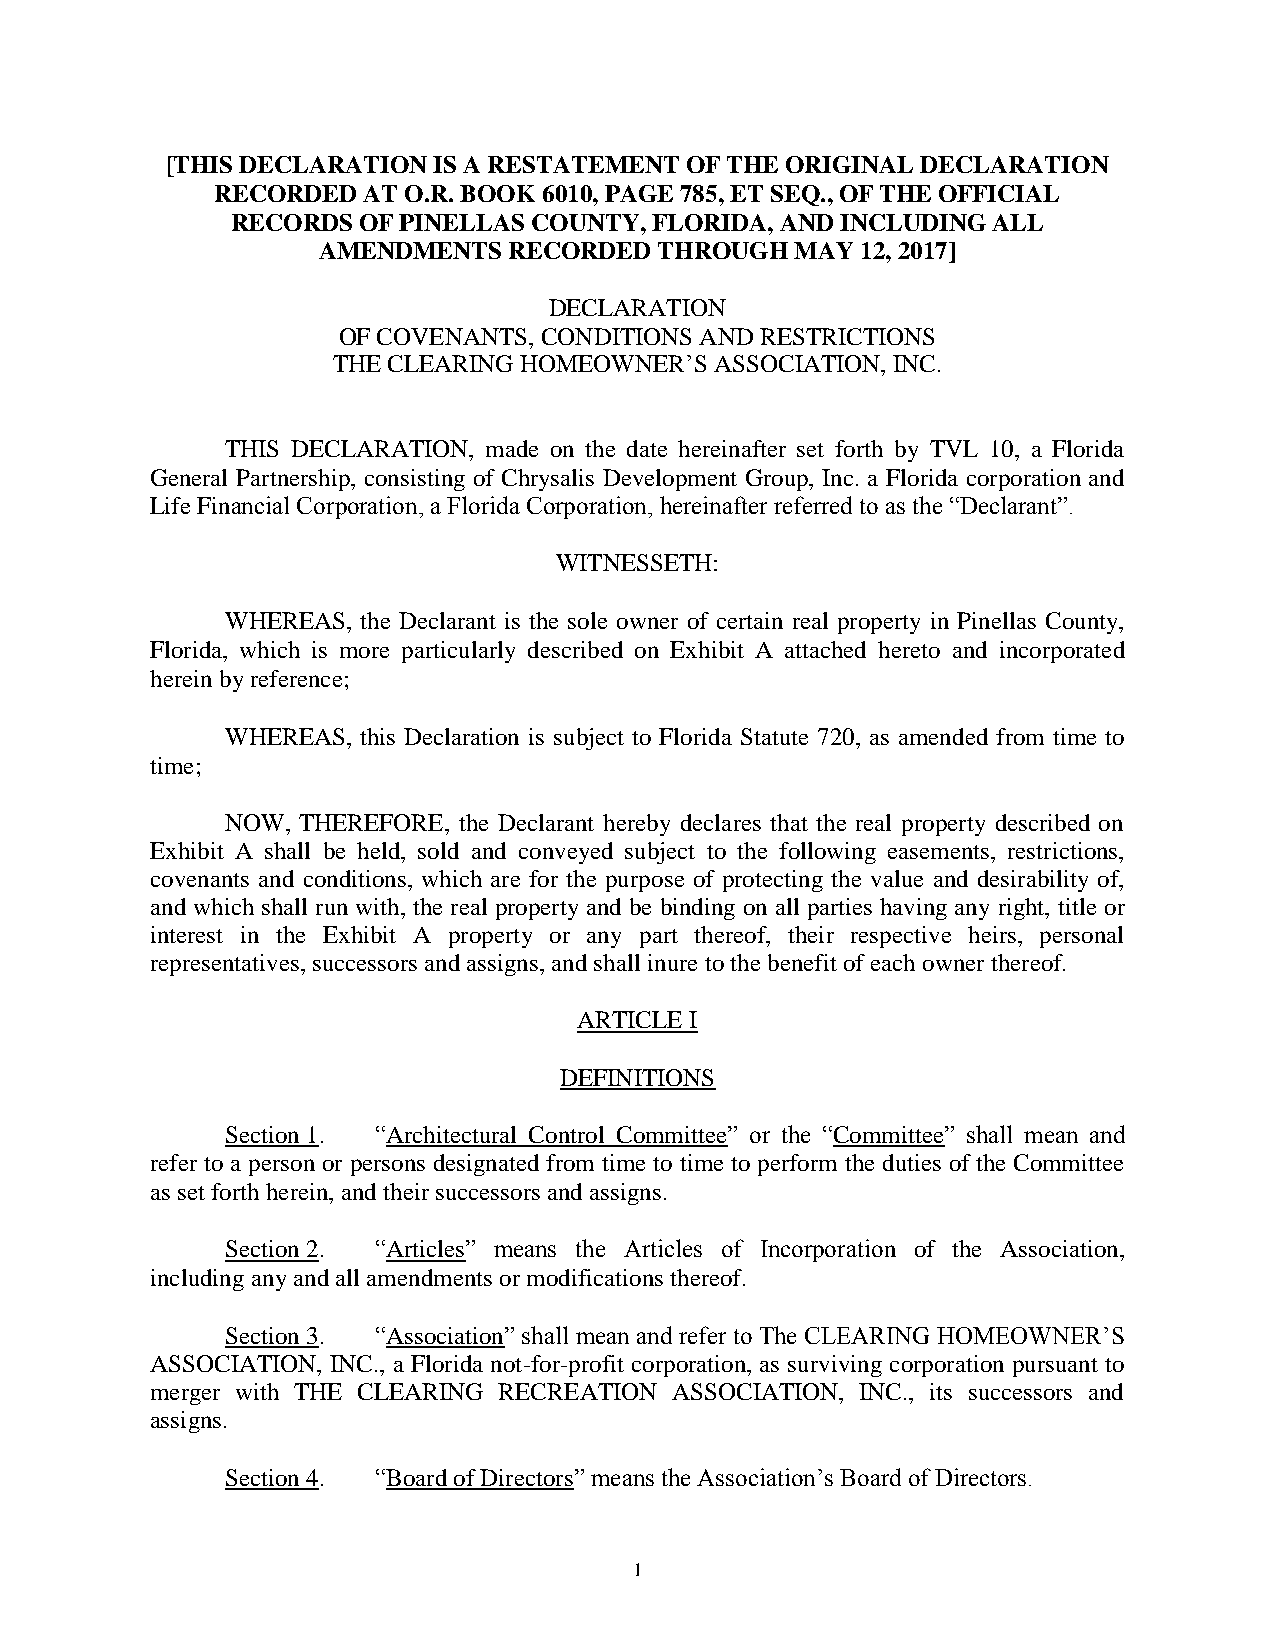
[THIS DECLARATION IS A RESTATEMENT OF THE ORIGINAL DECLARATION
 RECORDED  AT O.R. BOOK 6010, PAGE 785, ET SEQ., OF THE OFFICIAL
 RECORDS  OF PINELLAS COUNTY, FLORIDA, AND INCLUDING ALL
 AMENDMENTS   RECORDED  THROUGH  MAY 12, 2017]
 DECLARATION
 OF COVENANTS, CONDITIONS AND RESTRICTIONS
 THE CLEARING HOMEOWNER’S ASSOCIATION, INC.
 THIS DECLARATION, made on the date hereinafter set forth by TVL 10, a Florida
 General Partnership, consisting of Chrysalis Development Group, Inc. a Florida corporation and
 Life Financial Corporation, a Florida Corporation, hereinafter referred to as the “Declarant”.
 WITNESSETH:
 WHEREAS, the Declarant is the sole owner of certain real property in Pinellas County,
 Florida, which is more particularly described on Exhibit A attached hereto and incorporated
 herein by reference;
 WHEREAS, this Declaration is subject to Florida Statute 720, as amended from time to
 time;
 NOW, THEREFORE, the Declarant hereby declares that the real property described on
 Exhibit A shall be held, sold and conveyed subject to the following easements, restrictions,
 covenants and conditions, which are for the purpose of protecting the value and desirability of,
 and which shall run with, the real property and be binding on all parties having any right, title or
 interest in the Exhibit A property or any part thereof, their respective heirs, personal
 representatives, successors and assigns, and shall inure to the benefit of each owner thereof.
 ARTICLE I
 DEFINITIONS
 Section 1. “Architectural Control Committee” or the “Committee” shall mean and
 refer to a person or persons designated from time to time to perform the duties of the Committee
 as set forth herein, and their successors and assigns.
 Section 2. “Articles” means the Articles of Incorporation of the Association,
 including any and all amendments or modifications thereof.
 Section 3. “Association” shall mean and refer to The CLEARING HOMEOWNER’S
 ASSOCIATION, INC., a Florida not-for-profit corporation, as surviving corporation pursuant to
 merger with THE CLEARING RECREATION ASSOCIATION, INC., its successors and
 assigns.
 Section 4. “Board of Directors” means the Association’s Board of Directors.
 1